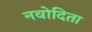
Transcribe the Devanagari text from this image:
नवोदिता